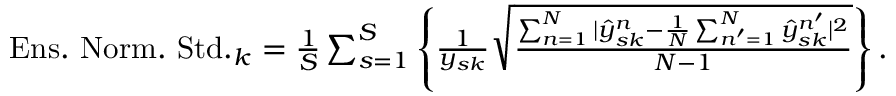
\begin{array} { r } { \mathrm { E n s . ~ N o r m . ~ S t d . } _ { k } = \frac { 1 } { S } \sum _ { s = 1 } ^ { S } \left\{ \frac { 1 } { y _ { s k } } \sqrt { \frac { \sum _ { n = 1 } ^ { N } | \hat { y } _ { s k } ^ { n } - \frac { 1 } { N } \sum _ { n ^ { \prime } = 1 } ^ { N } \hat { y } _ { s k } ^ { n ^ { \prime } } | ^ { 2 } } { N - 1 } } \right\} . } \end{array}